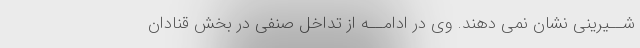
شــیرینى نشان نمى دهند. وى در ادامــه از تداخل صنفى در بخش قنادان